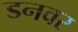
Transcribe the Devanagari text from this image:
डनवर